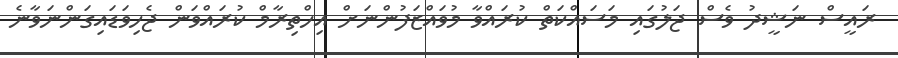
ރައީސް ނަޝީދު ވެސް ޖަލުގައި މަސައްކަތް ކުރައްވާ މުވައްޒަފުންނަށް އިހްތިރާމް ކުރައްވަން ޖެހިވަޑައިގަންނަވާނެ